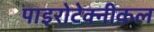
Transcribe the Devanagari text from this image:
पाइरोटेक्नीकल